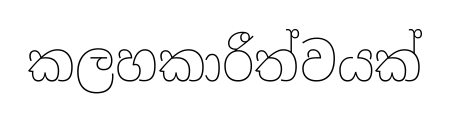
කලහකාරීත්වයක්